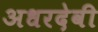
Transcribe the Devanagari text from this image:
अधरदेवी